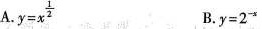
A. $$y = x ^ { \frac { 1 } { 2 } }$$ B.$$y = 2 ^ { -x }$$